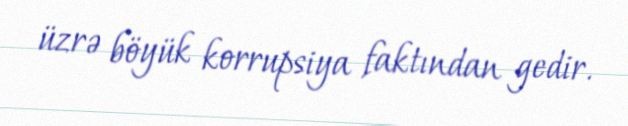
üzrə böyük korrupsiya faktından gedir.